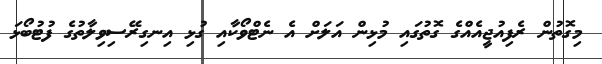
މިގޮތުން ރެފިއުޖީއެއްގެ ގޮތުގައި މުޅިން އަލަށް އެ ނެޓްވޯކާއި ގުޅި އިނގިރޭސިވިލާތުގެ ފުޓުބޯޅަ